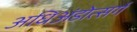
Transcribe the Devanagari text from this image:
अधिअंडोत्सर्ग